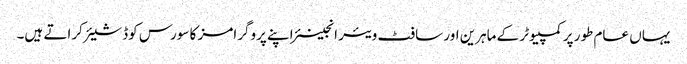
یہاں عام طور پر کمپیوٹر کے ماہرین اور سافٹ ویئر انجینئر اپنے پروگرامز کا سورس کوڈ شیئر کراتے ہیں۔